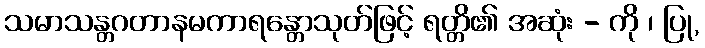
သမာသန္တဂတာနမကာရန္တောသုတ်ဖြင့် ရတ္တိ၏ အဆုံး - ကို ၊ ပြု,